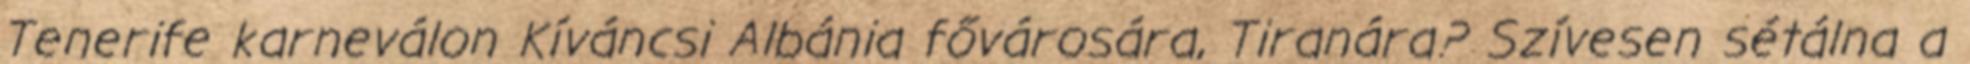
Tenerife karneválon Kíváncsi Albánia fővárosára, Tiranára? Szívesen sétálna a